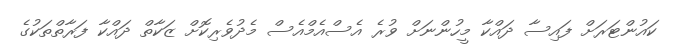
ކައުންޓަރަށް ފައިސާ ދައްކާ މީހުންނަށް ވުރެ އެސްއެމްއެސް މެދުވެރިކޮށް ޒަކާތް ދައްކާ ފަރާތްތަކުގެ